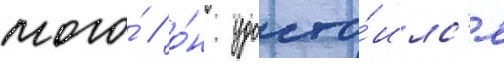
того́ / о́н удосто́илс'я